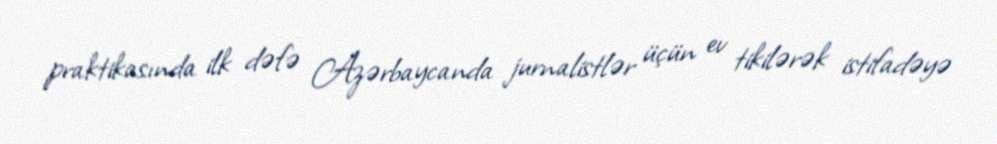
praktikasında ilk dəfə Azərbaycanda jurnalistlər üçün ev tikilərək istifadəyə